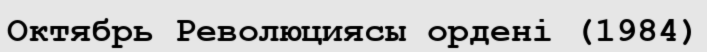
Октябрь Революциясы ордені (1984)